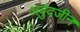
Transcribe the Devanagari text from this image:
अर्बुदजीन